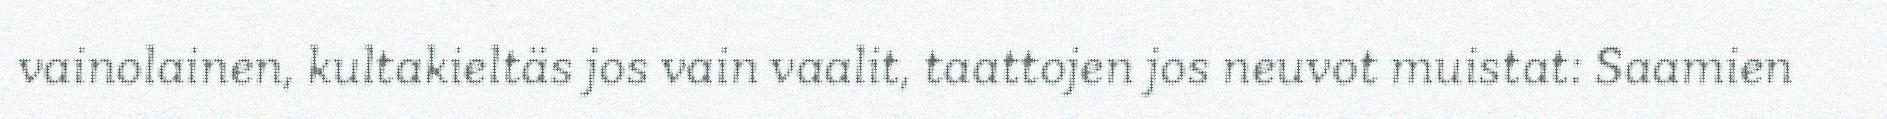
vainolainen, kultakieltäs jos vain vaalit, taattojen jos neuvot muistat: Saamien